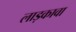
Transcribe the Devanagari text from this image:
लाड़कावा